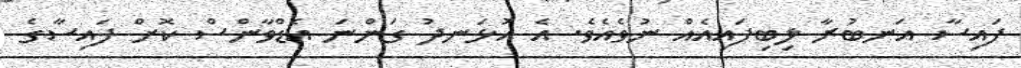
ފައިސާ އަނބުރާ ލިބިފައިއެއް ނުވެއެވެ. އެ އުޅަނދު ގަންނަ އެޑްވާންސް ކޮށް ފައިސާގެ